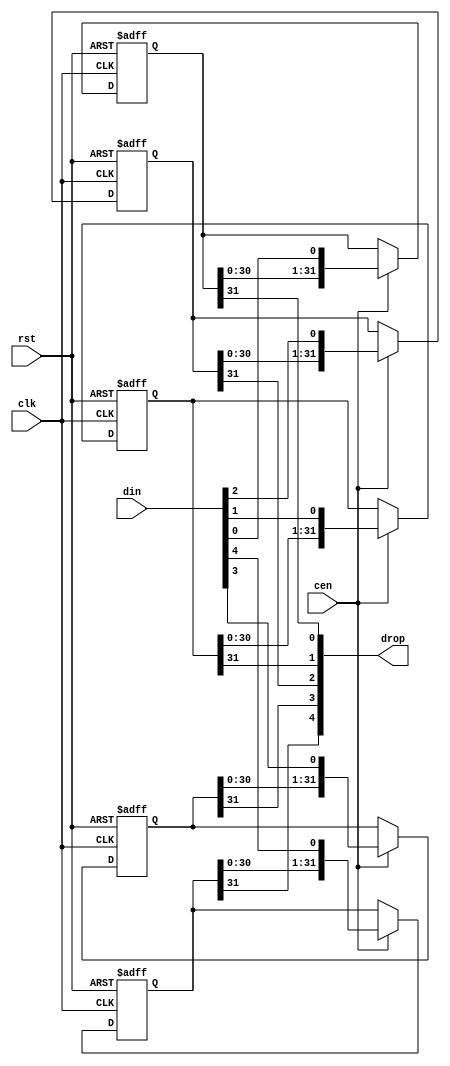
/*
  
   Multicore 2 / Multicore 2+
  
   Copyright (c) 2017-2020 - Victor Trucco

  
   All rights reserved
  
   Redistribution and use in source and synthezised forms, with or without
   modification, are permitted provided that the following conditions are met:
  
   Redistributions of source code must retain the above copyright notice,
   this list of conditions and the following disclaimer.
  
   Redistributions in synthesized form must reproduce the above copyright
   notice, this list of conditions and the following disclaimer in the
   documentation and/or other materials provided with the distribution.
  
   Neither the name of the author nor the names of other contributors may
   be used to endorse or promote products derived from this software without
   specific prior written permission.
  
   THIS CODE IS PROVIDED BY THE COPYRIGHT HOLDERS AND CONTRIBUTORS "AS IS"
   AND ANY EXPRESS OR IMPLIED WARRANTIES, INCLUDING, BUT NOT LIMITED TO,
   THE IMPLIED WARRANTIES OF MERCHANTABILITY AND FITNESS FOR A PARTICULAR
   PURPOSE ARE DISCLAIMED. IN NO EVENT SHALL THE AUTHOR OR CONTRIBUTORS BE
   LIABLE FOR ANY DIRECT, INDIRECT, INCIDENTAL, SPECIAL, EXEMPLARY, OR
   CONSEQUENTIAL DAMAGES (INCLUDING, BUT NOT LIMITED TO, PROCUREMENT OF
   SUBSTITUTE GOODS OR SERVICES; LOSS OF USE, DATA, OR PROFITS; OR BUSINESS
   INTERRUPTION) HOWEVER CAUSED AND ON ANY THEORY OF LIABILITY, WHETHER IN
   CONTRACT, STRICT LIABILITY, OR TORT (INCLUDING NEGLIGENCE OR OTHERWISE)
   ARISING IN ANY WAY OUT OF THE USE OF THIS SOFTWARE, EVEN IF ADVISED OF THE
   POSSIBILITY OF SUCH DAMAGE.
  
   You are responsible for any legal issues arising from your use of this code.
  
*//*  This file is part of JT51.

    JT51 is free software: you can redistribute it and/or modify
    it under the terms of the GNU General Public License as published by
    the Free Software Foundation, either version 3 of the License, or
    (at your option) any later version.

    JT51 is distributed in the hope that it will be useful,
    but WITHOUT ANY WARRANTY; without even the implied warranty of
    MERCHANTABILITY or FITNESS FOR A PARTICULAR PURPOSE.  See the
    GNU General Public License for more details.

    You should have received a copy of the GNU General Public License
    along with JT51.  If not, see <http://www.gnu.org/licenses/>.
    
    Author: Jose Tejada Gomez. Twitter: @topapate
    Version: 1.0
    Date: 27-10-2016
    */

`timescale 1ns / 1ps

module jt51_sh #(parameter width=5, stages=32, rstval=1'b0 ) (
    input                           rst,
    input                           clk,
    input                           cen,
    input       [width-1:0]         din,
    output      [width-1:0]         drop
);

reg [stages-1:0] bits[width-1:0];

genvar i;
generate
    for (i=0; i < width; i=i+1) begin: bit_shifter
        always @(posedge clk, posedge rst) begin
            if(rst)
                bits[i] <= {stages{rstval}};
            else if(cen)
                bits[i] <= {bits[i][stages-2:0], din[i]};
        end
        assign drop[i] = bits[i][stages-1];
    end
endgenerate

endmodule